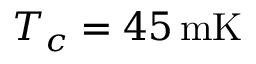
T _ { c } = 4 5 \, \mathrm { m K }